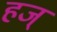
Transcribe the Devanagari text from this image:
हज्